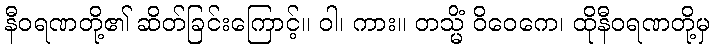
နီဝရဏတို့၏ ဆိတ်ခြင်းကြောင့်။ ဝါ၊ ကား။ တသ္မိံ ဝိဝေကေ၊ ထိုနီဝရဏတို့မှ